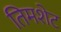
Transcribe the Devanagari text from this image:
तिमशेट